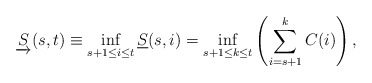
\begin{align*} \underrightarrow{S}(s,t) \equiv \inf_{s+1\le i\le t} \underline{S}(s,i) = \inf_{{s+1}\le{k}\le{t}}\left(\sum\limits_{i=s+1}\limits^{k}{C(i)}\right),\end{align*}